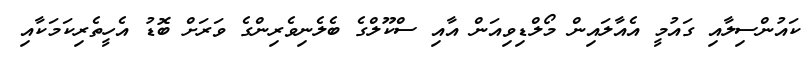
ކައުންސިލާއި ގައުމީ އެއާލައިން މޯލްޑިވިއަން އާއި ސްކޫލްގެ ބެލެނިވެރިންގެ ވަރަށް ބޮޑު އެހީތެރިކަމަކާއި